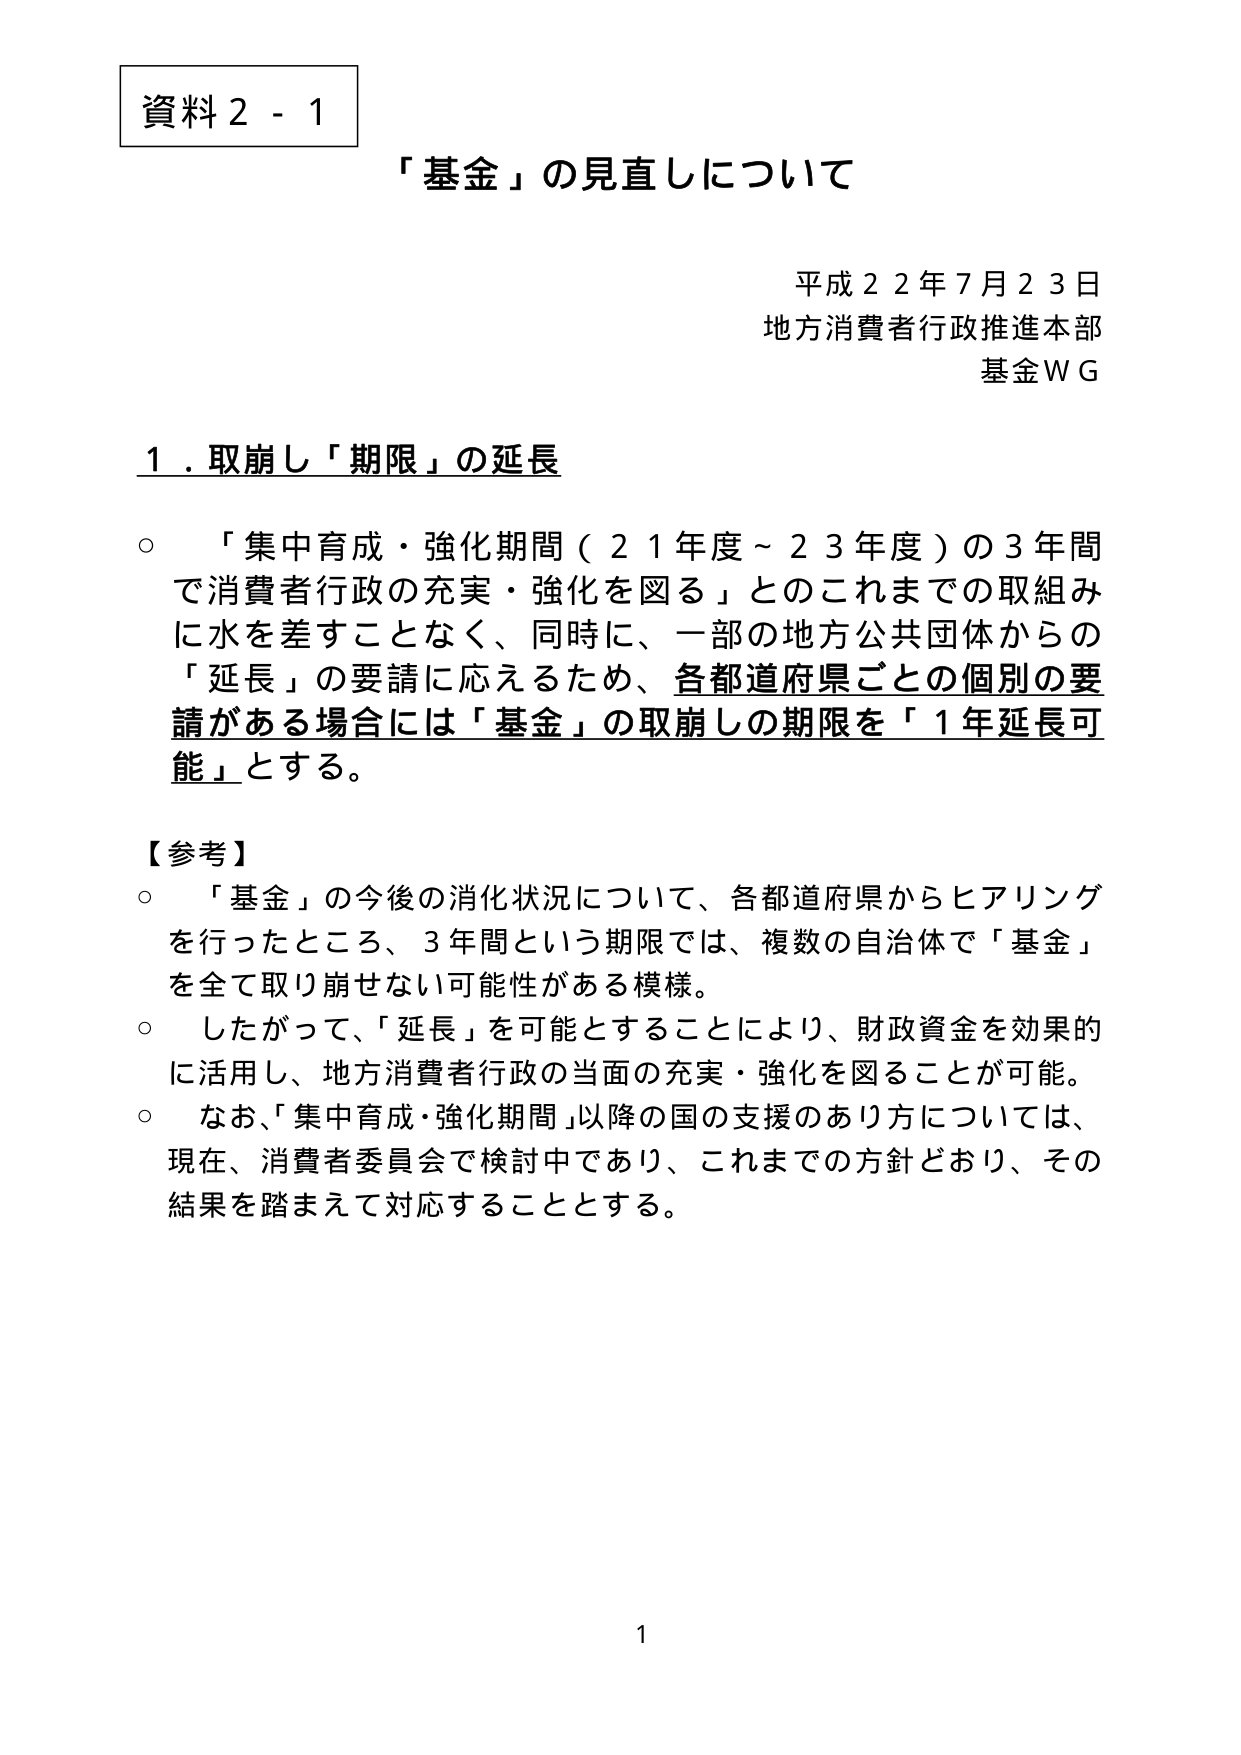
資料２－１
「基金」の見直しについて

平成２２年７月２３日
地方消費者行政推進本部
基金ＷＧ

１．取崩し「期限」の延長

○ 「集中育成・強化期間（２１年度～２３年度）の３年間で消費者行政の充実・強化を図る」とのこれまでの取組みに水を差すことなく、同時に、一部の地方公共団体からの「延長」の要請に応えるため、各都道府県ごとの個別の要請がある場合には「基金」の取崩しの期限を「１年延長可能」とする。

【参考】
○ 「基金」の今後の消化状況について、各都道府県からヒアリングを行ったところ、３年間という期限では、複数の自治体で「基金」を全て取り崩せない可能性がある模様。
○ したがって、「延長」を可能とすることにより、財政資金を効果的に活用し、地方消費者行政の当面の充実・強化を図ることが可能。
○ なお、「集中育成・強化期間」以降の国の支援のあり方については、現在、消費者委員会で検討中であり、これまでの方針どおり、その結果を踏まえて対応することとする。

1